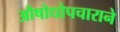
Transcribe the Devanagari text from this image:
औषोधोपचाराने